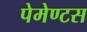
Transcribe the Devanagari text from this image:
पेमेण्टस